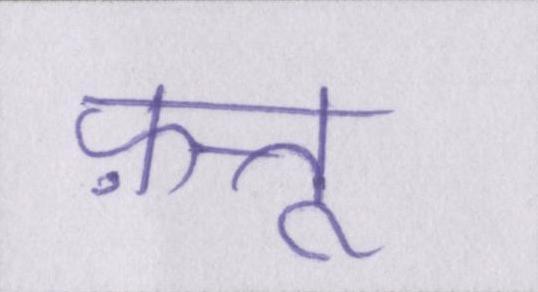
फ़त्तू